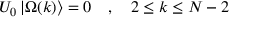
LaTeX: { \cal U } _ { 0 } \left| \Omega ( k ) \right\rangle = 0 \quad , \quad 2 \leq k \leq N - 2